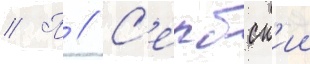
// П // С'ербск'ии